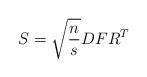
LaTeX: \begin{align*} S = \sqrt{\frac{n}{s}}DFR^T\end{align*}